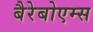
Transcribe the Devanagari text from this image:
बैरेबोएम्स